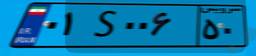
۵۷S۷۳۴۶۳